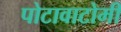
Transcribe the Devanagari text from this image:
पोटावाटोमी